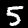
Label: 5